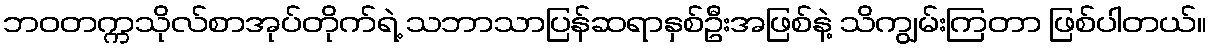
ဘဝတက္ကသိုလ်စာအုပ်တိုက်ရဲ့ သဘာသာပြန်ဆရာနှစ်ဦးအဖြစ်နဲ့ သိကျွမ်းကြတာ ဖြစ်ပါတယ်။